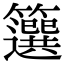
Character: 𥶷